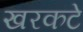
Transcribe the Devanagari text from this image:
खरकटे